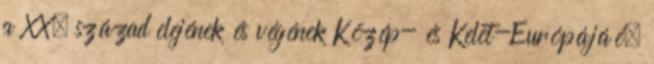
a XX. század elejének és végének Közép- és Kelet-Európájáé,